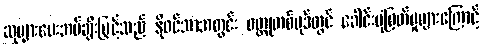
ဆုများပေးအပ်ချီးမြှင့်သည် နိုဝင်ဘာအတွင်း ဝတ္ထုတစ်ပုဒ်တွင် ခေါင်းပုံဖြတ်မှုများကြောင့်